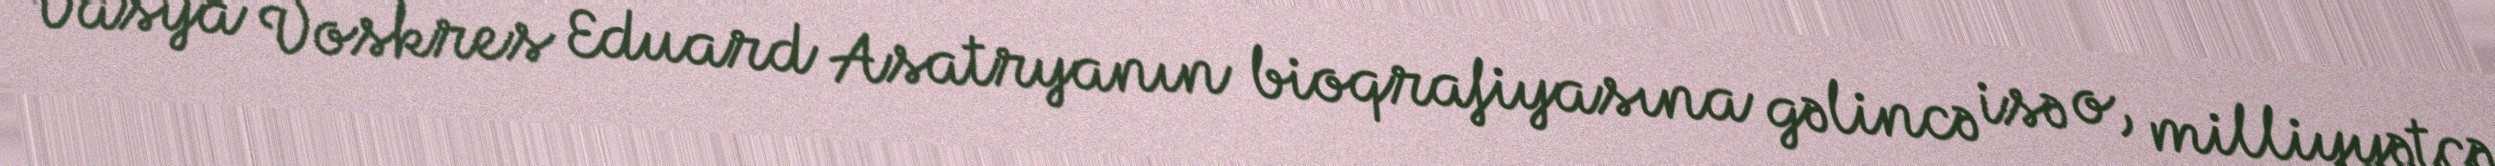
Vasya Voskres Eduard Asatryanın bioqrafiyasına gəlincə isə o, milliyyətcə